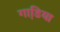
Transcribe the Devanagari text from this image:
गाडि़या